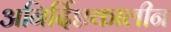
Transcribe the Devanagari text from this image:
अनिर्दिष्टकालीन